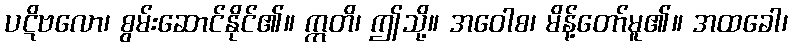
ပဋိဗလော၊ စွမ်းဆောင်နိုင်၏။ ဣတိ၊ ဤသို့။ အဝေါစ၊ မိန့်တော်မူ၏။ အထခေါ၊